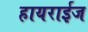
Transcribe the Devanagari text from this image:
हायराईज